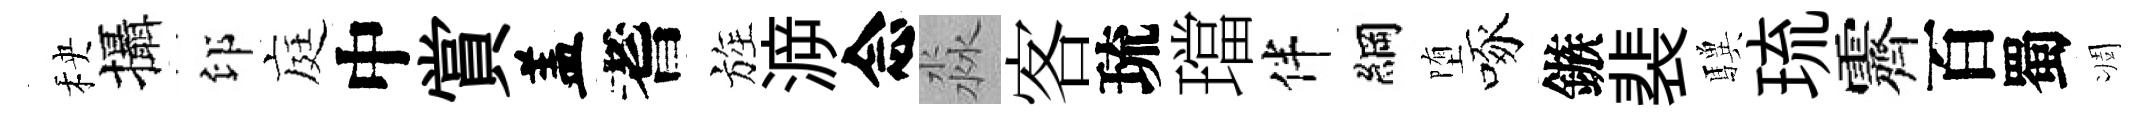
秧攝印庭中賞盖耆旌㴑念淼客琉璫伴綱堕啄鏃裴驥琉霽百蜀凋